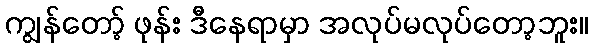
ကျွန်တော့် ဖုန်း ဒီနေရာမှာ အလုပ်မလုပ်တော့ဘူး။